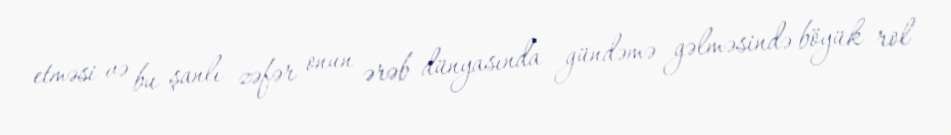
etməsi və bu şanlı zəfər onun ərəb dünyasında gündəmə gəlməsində böyük rol